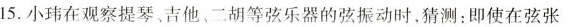
15.小玮在观察提琴、吉他、二胡等弦乐器的弦振动时，猜测：即使在弦张